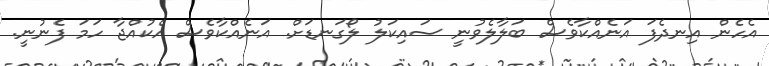
އެހެން އިނދެފަ އަނެއްކާވެސް ބަލާލެވުނީ ސައިކަލު ލޯގަނޑަށް. އަނެއްކާވެސް އެކުއްޖާ ހަމަ ފެނުނީ.